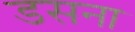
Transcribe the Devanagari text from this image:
डसना